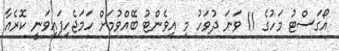
އޯގަސްޓު މަހުގެ 11 ވަނަ ދުވަހު މި އިވެންޓު ބޭއްވުމަށް ހަމަޖެހިފައިވަނީ ކޮރެއާ